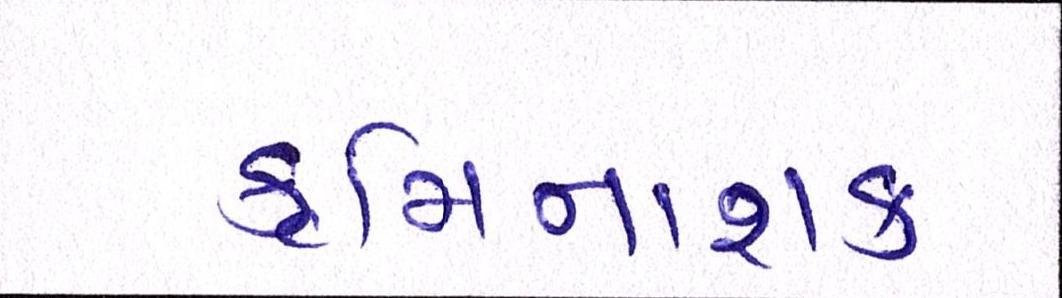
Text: કૃમિનાશક